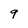
Character: q